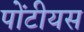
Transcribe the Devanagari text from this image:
पोंटीयस